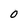
Character: 0